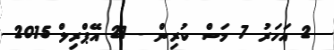
2 އަހަރު 7 މަސް ކުރިން - 21 އޭޕްރިލް 2015